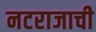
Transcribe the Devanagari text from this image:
नटराजाची